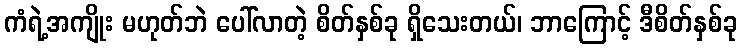
ကံရဲ့အကျိုး မဟုတ်ဘဲ ပေါ်လာတဲ့ စိတ်နှစ်ခု ရှိသေးတယ်၊ ဘာကြောင့် ဒီစိတ်နှစ်ခု